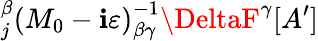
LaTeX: _{j}^{\beta}\left(M_{0}-\mathbf{i}\varepsilon\right)_{\beta\gamma}^{-1}\DeltaF^{\gamma}[A^{\prime}]